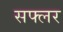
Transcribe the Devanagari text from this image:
सफ्लर